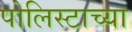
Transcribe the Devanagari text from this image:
पोलिस्टाच्या